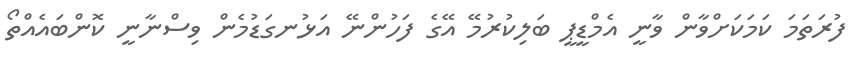
ފުރަތަމަ ކަމަކަށްވާން ވާނީ އެމްޑީޕީ ބަލިކުރުމޭ އޭގެ ފަހުންނޭ އަޅުނގަޑުމެން ވިސްނާނީ ކޮންބައެއްތޯ